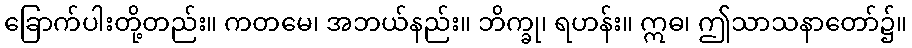
ခြောက်ပါးတို့တည်း။ ကတမေ၊ အဘယ်နည်း။ ဘိက္ခု၊ ရဟန်း။ ဣဓ၊ ဤသာသနာတော်၌။